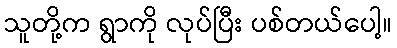
သူတို့က ရွာကို လုပ်ပြီး ပစ်တယ်ပေါ့။